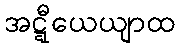
အဋ္ဋီယေယျာထ